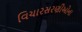
વિચારસરણીઓના